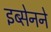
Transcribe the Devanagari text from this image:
इब्सेनने